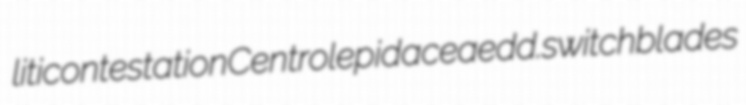
liticontestation Centrolepidaceae dd. switchblades